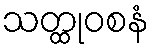
သတ္ထုဝစနံ